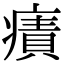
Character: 𤹠